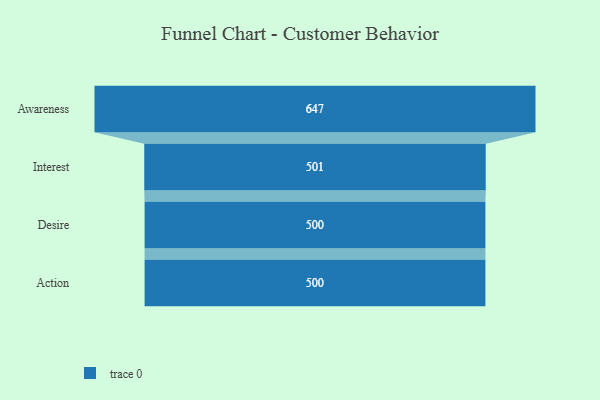
{"axis": {"x": "Stage", "y": "Value"}, "legend": [""], "data": [{"x": "Awareness", "y": 647.0, "type": ""}, {"x": "Interest", "y": 501.0, "type": ""}, {"x": "Desire", "y": 500, "type": ""}, {"x": "Action", "y": 500, "type": ""}]}